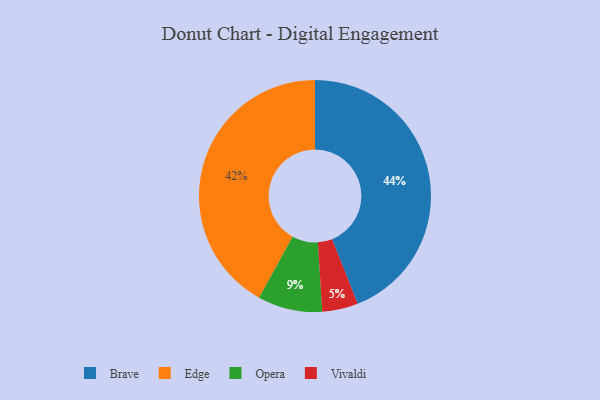
{"axis": {"x": "Category", "y": "Percentage"}, "legend": ["Brave", "Edge", "Opera", "Vivaldi"], "data": [{"x": "Vivaldi", "y": 5, "type": "Vivaldi"}, {"x": "Opera", "y": 9, "type": "Opera"}, {"x": "Edge", "y": 42, "type": "Edge"}, {"x": "Brave", "y": 44, "type": "Brave"}]}